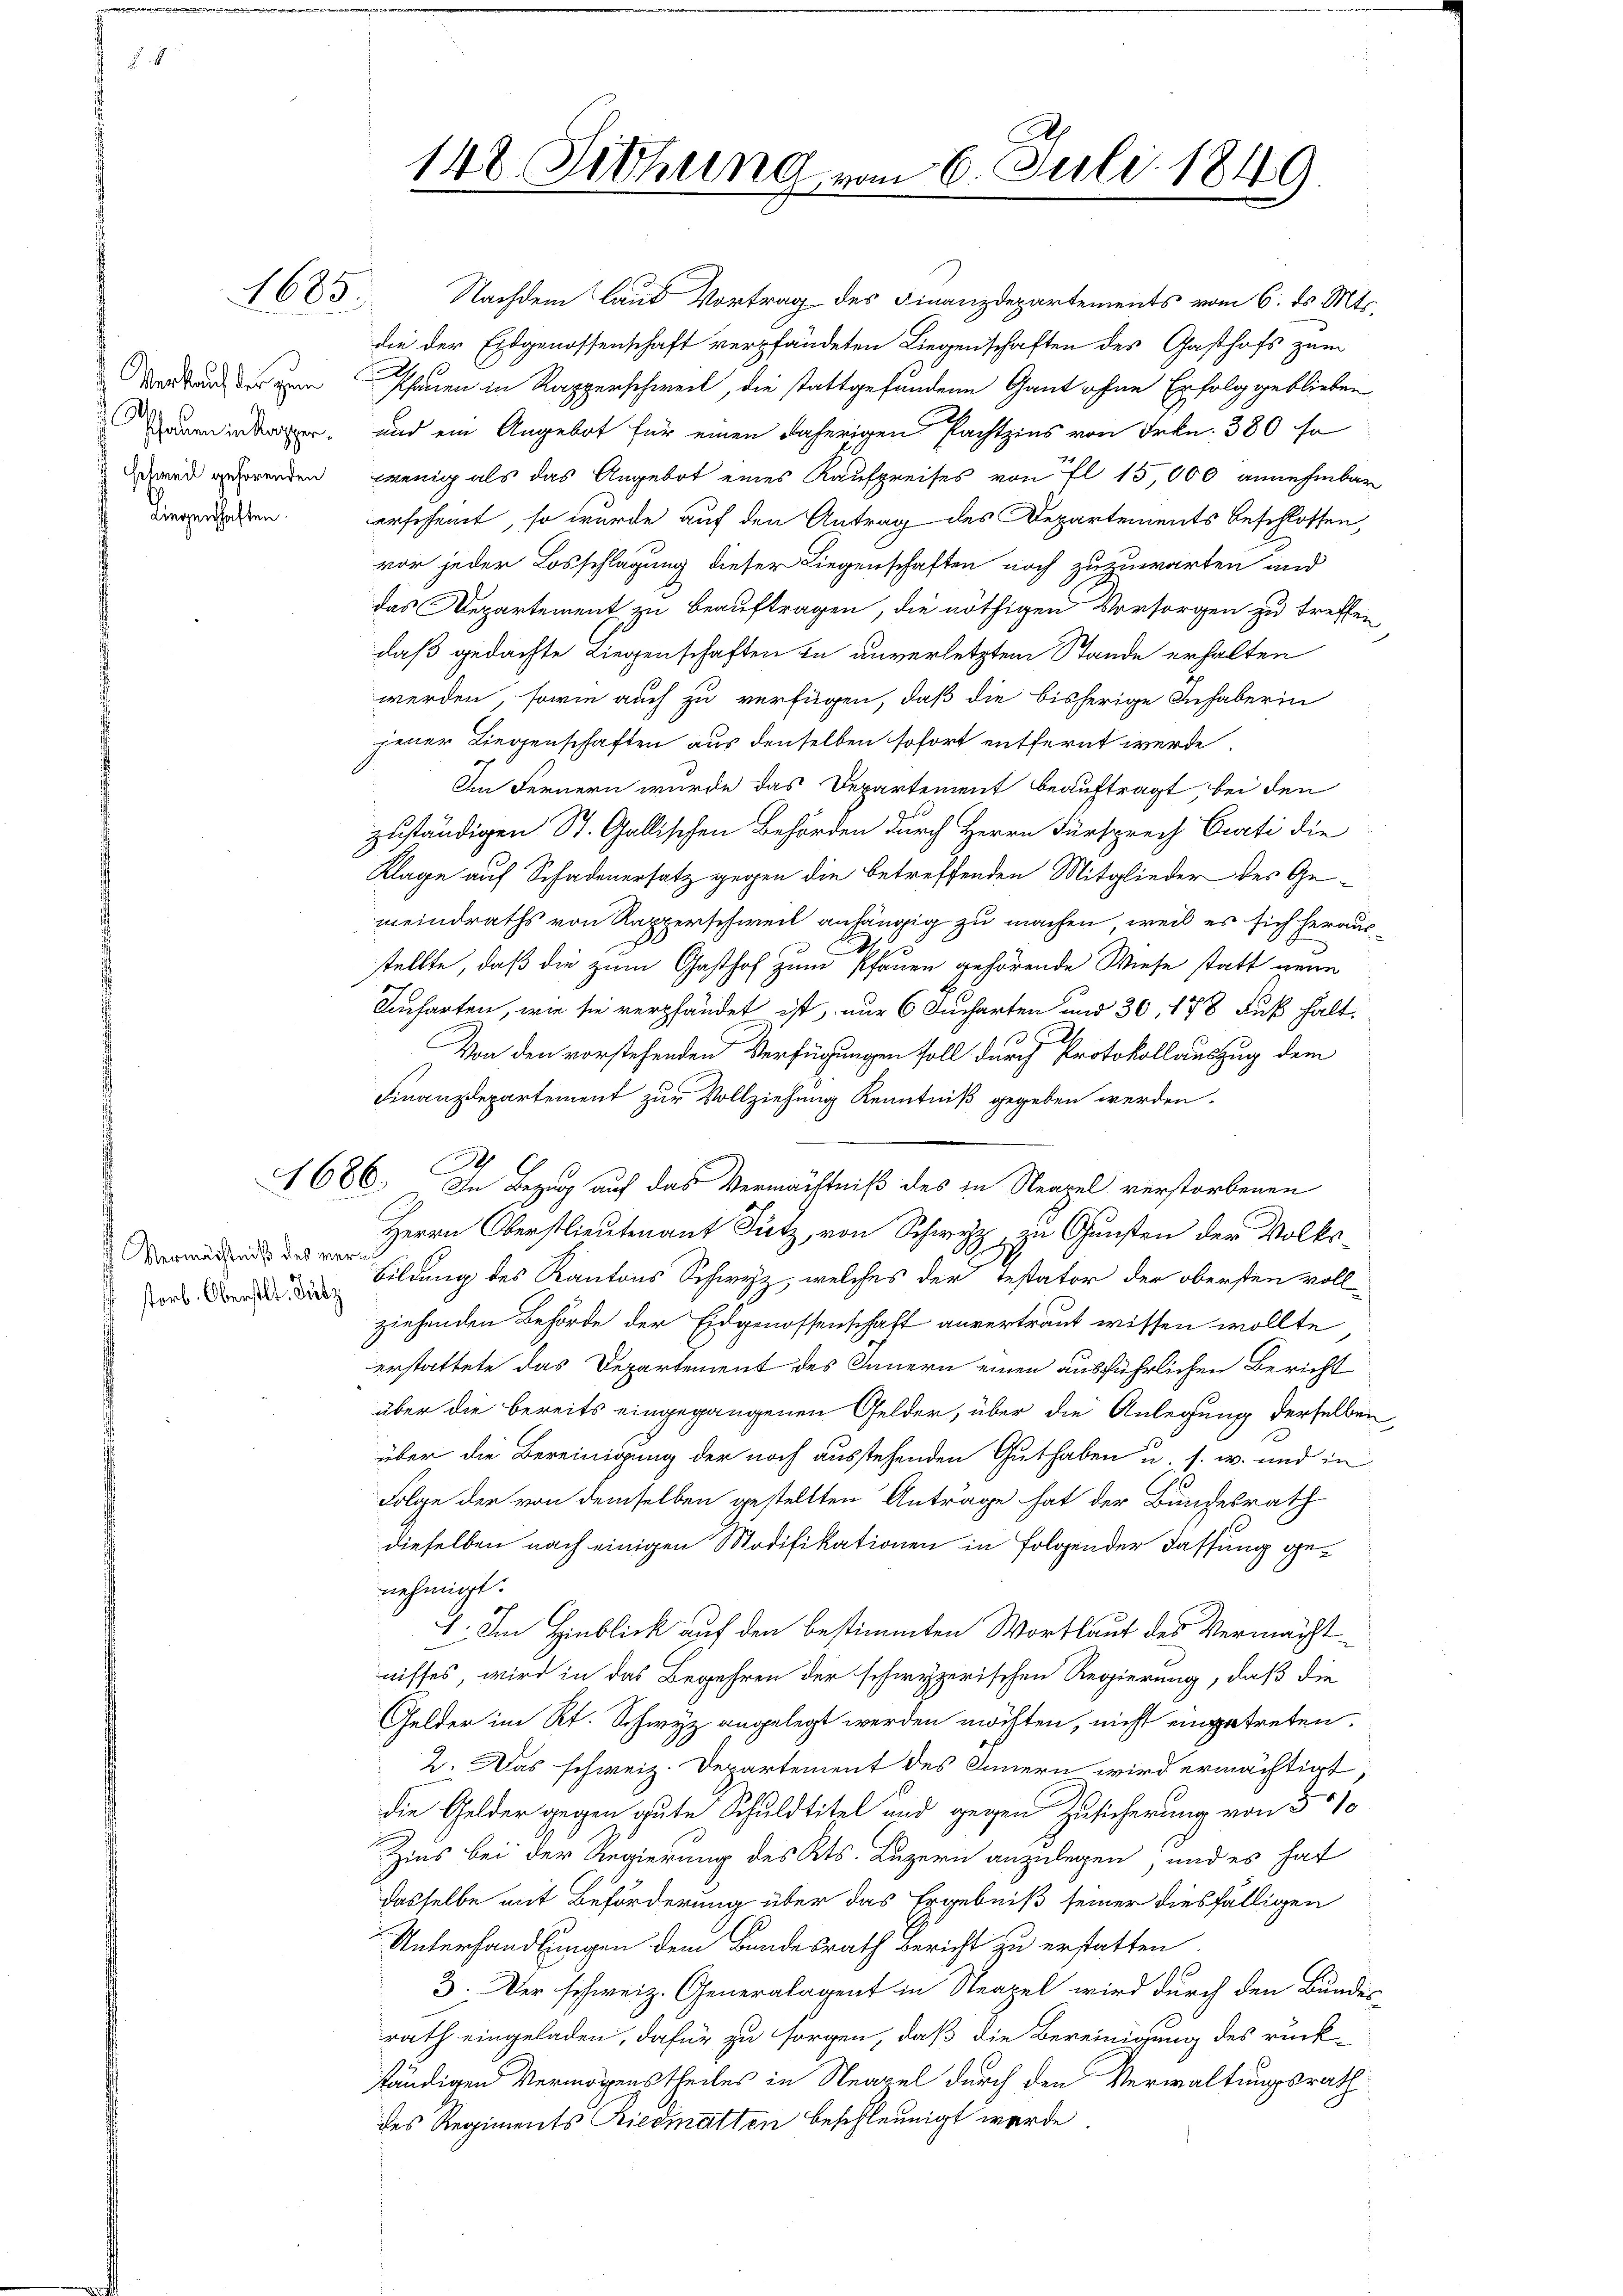
1685

Verkauf der zum
 Aschauern in klapper.
 schweil gehörenden
Liegenschaften.

Vermächtniß des ver¬
 storb. Oberstl. Sulz

148. Siehung vom 6. Juli 1849

Nachdem laut Vortrag des Finanzdepartements vom 6. ds. Mts.
die der Eidgenossenschaft verpfandeten Liegenschaften des Gasthofs zum
Phauen in Rapperschweil, die stattgefundene Gant ohne Erfolg geblieben
und ein Angebot für einen daherigen Pachtzins von Frkn. 380 so
wenig als das Angebot eines Kaufpreises von fl 15,000 annehmbar
erscheint, so wurde auf den Antrag des Departements beschlossen,
vor jeder Losschlagung dieser Liegenschaften noch zuzuwarten und
das Departement zu beauftragen, die nöthigen Vorsorgen zu treffen,
daß gedachte Liegenschaften zu unverletztem Stande erhalten
werden, sowie auch zu verfügen, daß die bisherige Inhaberin
jener Liegenschaften aus denselben sofort entfernt werde.
Im Fernern wurde das Departement beauftragt bei den
zuständigen St. Gallischen Behörden durch Herrn Fürsprech Curti die
Klage auf Schadenersatz gegen die betreffenden Mitglieder des Gemeindraths von Rapperschweil anhängig zu machen, weil es sich heraus
o
stellte, daß die zum Gasthof zum Pfauen gehörende Wiese statt neue
Kucharten, wie sie verpfändet ist, nur 6 Jucharten und 30, 178 Fuß hält.
Von den vorstehenden Verfügungen soll durch Protokollauszug dem
Finanzdepartement zur Vollziehung Kenntniß gegeben werden.
.
1686. In Bezug auf das Vermächtniß des in Neapel verstorbenen
Herrn Oberstlieutenant Sutz, von Schwyz, zu Gunsten der Volks¬
Bildung des Kantons Schwyz, welches der Testator der obersten voll
ziehenden Behörde der Eidgenossenschaft anvertraut wissen wollte
erstattete das Departement des Innern einen ausführlichen Bericht
über die bereits eingegangenen Gelder, über die Anlegung derselben
über die Bereinigung der noch ausstehenden Guthaben u. s. w. und in
Folge der von demselben gestellten Anträge hat der Bundesrath
dieselben nach einigen Modifikationen in Folgender Fassung genehmigt.
1. Im Hinblick auf den bestimmten Wortlaut des Vermächtnisses, wird in das Begehren der schwyzerischen Regierung, daß die
Gelder im Kt. Schwyz angelegt werden möchten, nicht eingetreten.
2. Das schweiz. Departement des Innern wird ermächtigt;
die Gelder gegen gute Schuldtitel und gegen Zusicherung von 500
Zins bei der Regierung des Kts. Luzern anzulegen und es hat
dasselbe mit Beförderung über das Ergebniß seiner diesfälligen
Unterhandlungen dem Bundesrath Bericht zu erstatten.
3. Der schweiz. Generalagent in Neapel wird durch den Bundes-
rath eingeladen, dafür zu sorgen, daß die Bereinigung des rück-
tändigen Vermögenstheiles in Neapel durch den Verwaltungsrath
des Regiments Riedmatten beschleunigt werde